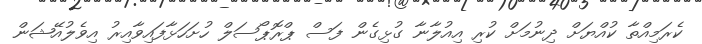
ކެރަމިއްތާ ކުއްޔަށް ދިނުމަށް ކުރި އިއުލާނާ ގުޅިގެން ފަސް ޕްރޮޕޯސަލް ހުށަހަޅާފައިވާއިރު އިވެލުއޭޝަން